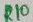
Text: R10